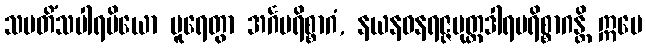
သမတိံသပါရမိယော ပူရေတွာ အင်္ဂပရိစ္စာဂံ, နယနဓနရဇ္ဇပုတ္တဒါရပရိစ္စာဂန္တိ ဣမေ